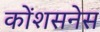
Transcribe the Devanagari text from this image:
कोंशसनेस